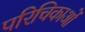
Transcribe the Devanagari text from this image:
परिचिकाओं